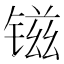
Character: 镃